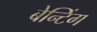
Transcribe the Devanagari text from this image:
बेन्टिंग